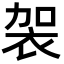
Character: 袈